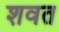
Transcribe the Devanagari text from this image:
शवत